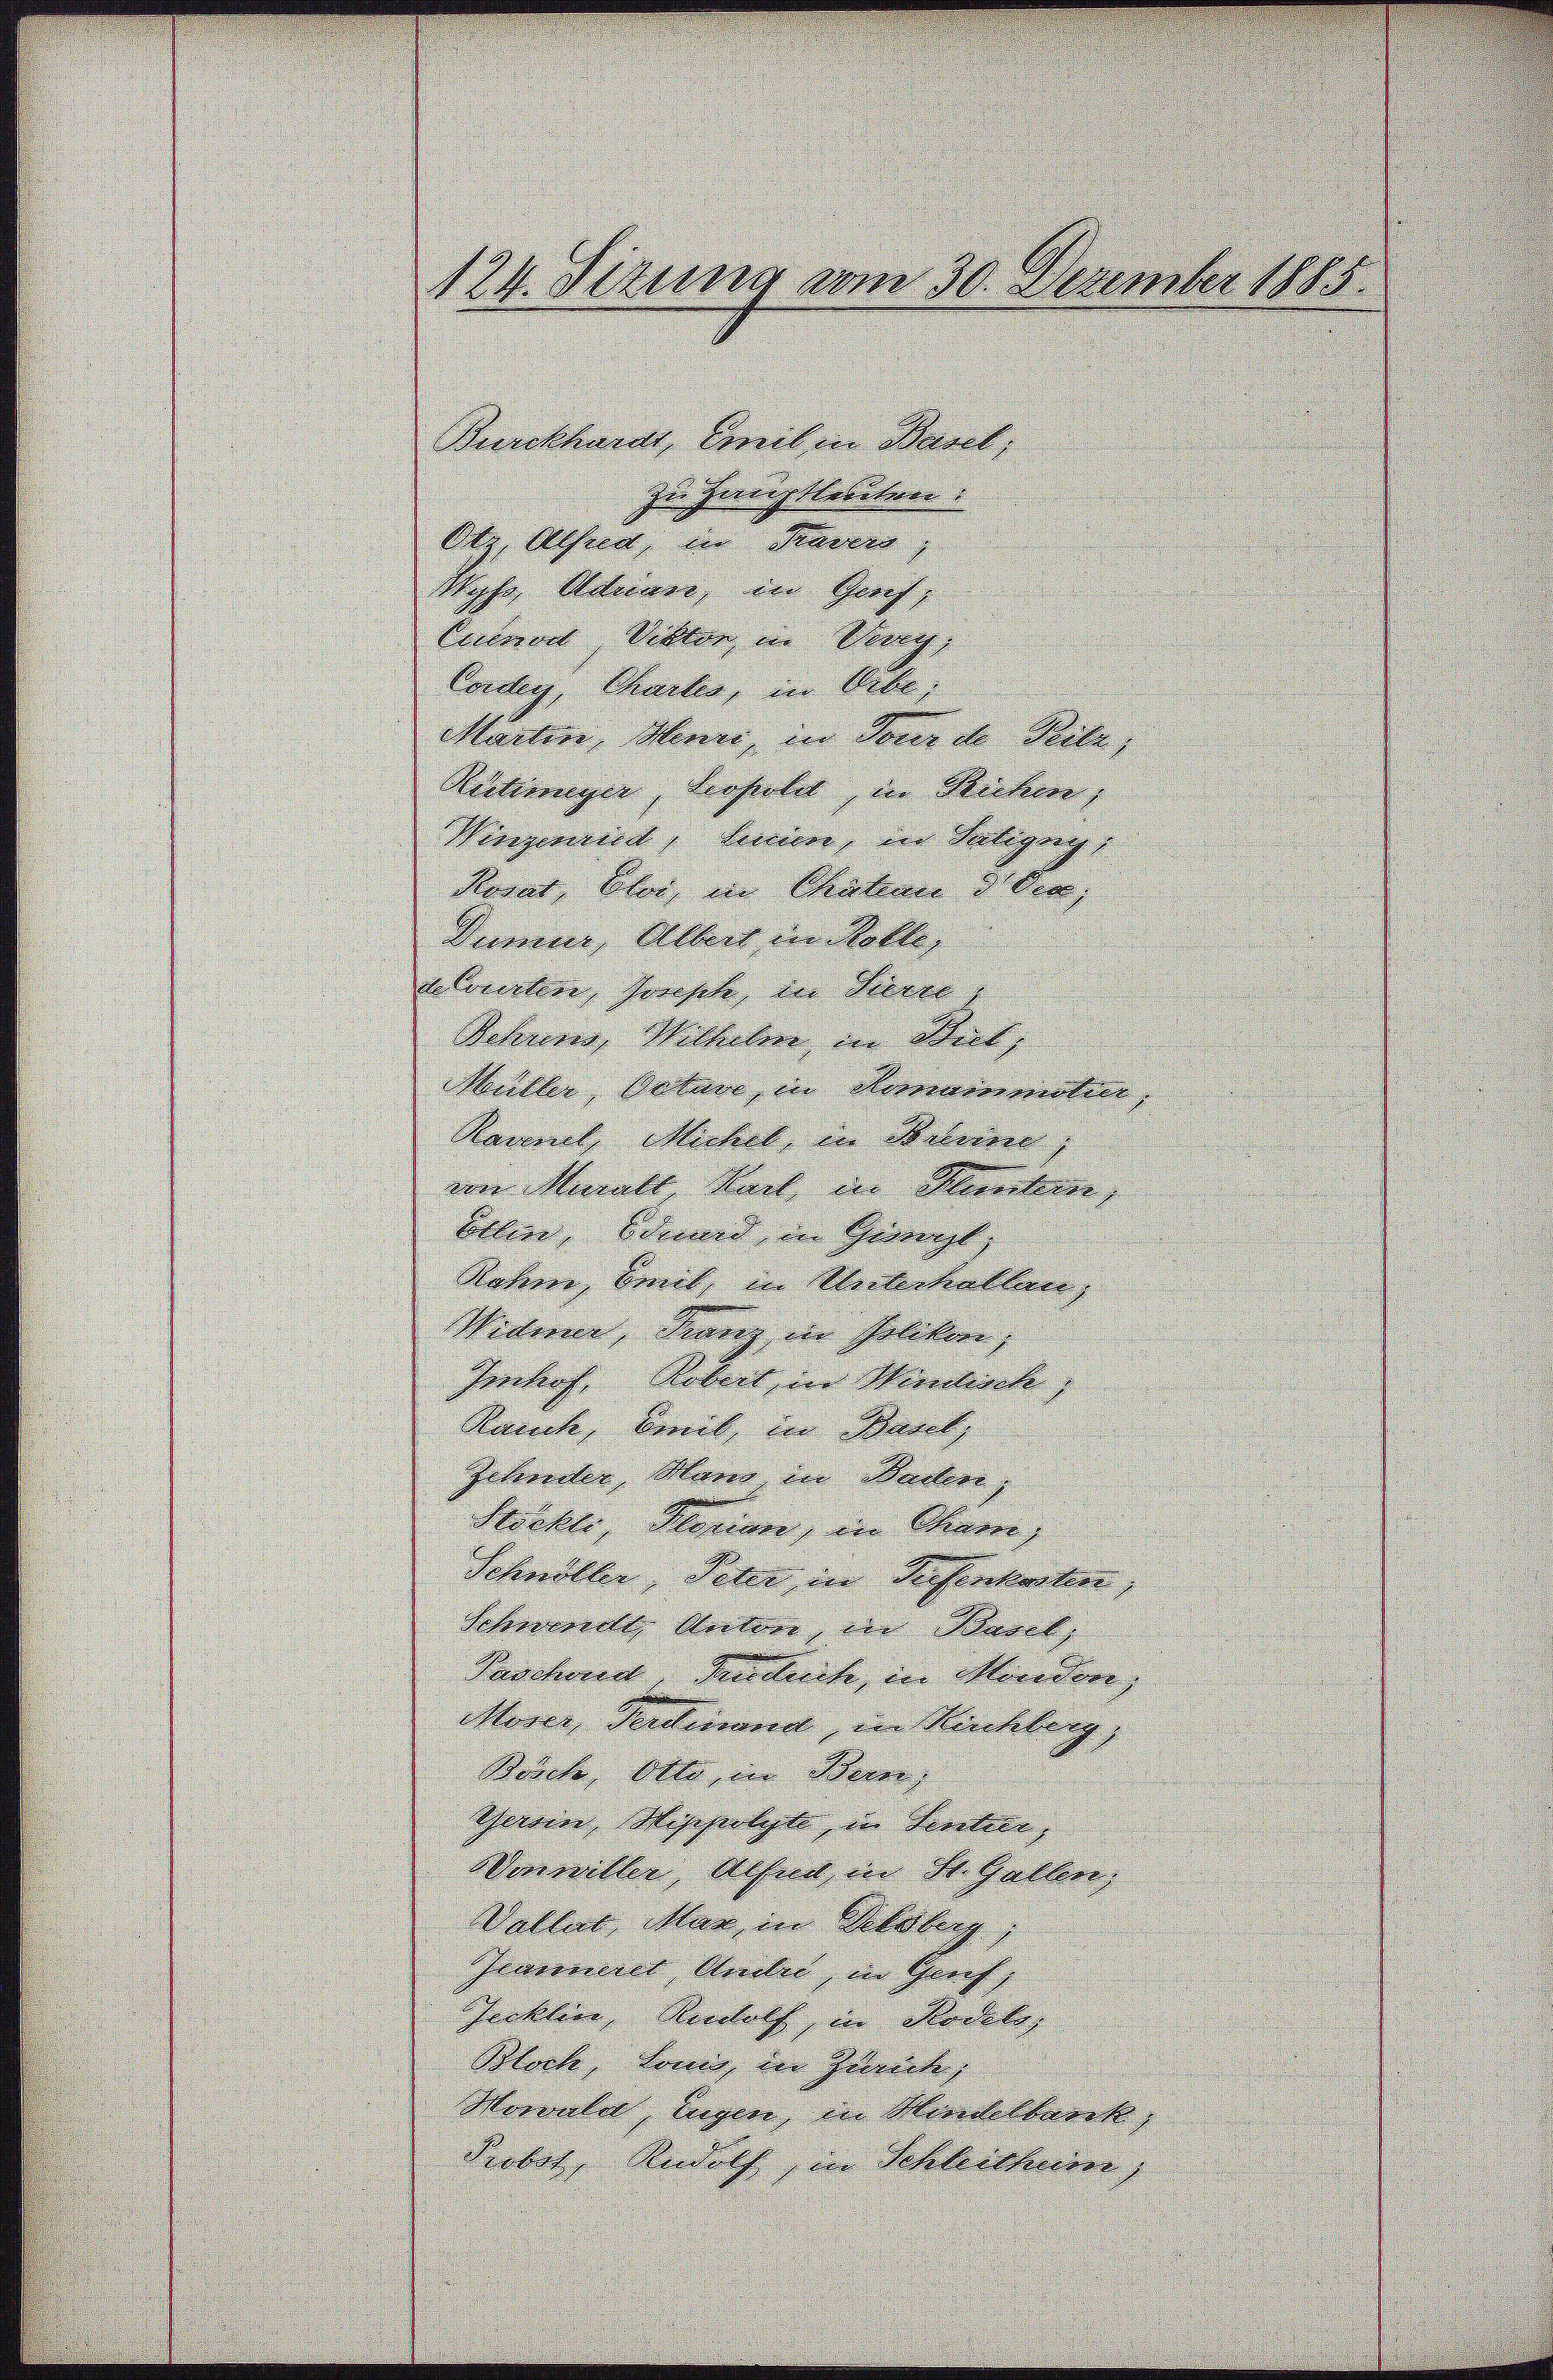
Burckhardt, Anil in Basel,
zu Hauptleuten.
Dez. Alser, in Tavers,
Mohe Adrian, in Graf,
Ermort Viktor in Verg
Corden, Chartes, in Erbe,
Martin, Menne, in den de Seele,
Suterungen, verstelet, in Ricken,
Winzendend, kenner, in Vatigung
Karnt, Oser, in Chaliae d. Dec.
Summe, Allers in Rolle, |
Corectore, sonste, in Seien
Sitzung, Wilhelm in Stut,
Müller, Patare in Hernannten,
Nament, Michel, in Bediene,
an Muralt hart in Meilen,
bllier. Brand in Gesorgt, |
Natern, brick, in Ueberkollen,
Wederer, Franz in Poliken,
Imhof, Robert, in Wernlisch,
Rauch, beit, in Baut
Jchereiter, Mang in Berolere
Stockli, Glorien, in Cham
Schweller, Peter in dersenkosten,
schwerwirkte Andere, der Basel,
Paschend Verbuch, in Mindere,
Moser Verdinand, in Nachberg
Reiche Otto in Beren,
Schwein, Mippolyte, in Seiten,
Winwiller, Wesen in St. Gallen,
Valler Mar in Bildung,
Jeanneres Weber, in Genf,
Jecklien, Rudolf, in Rodels,
Bloch, Senio, der Zürich,
Morale, Eugen, in Mandelburck
Probel, Rudolf, in Schleichnen,

124. Sitzung vom 30. Dezember 1885.